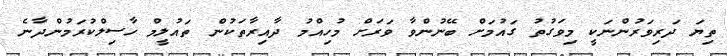
ތިޔަ ދަރިވަރުންނަކީ މިވަގުތު ގައުމަށް ބޭނުންވާ ވަރަށް މުހިއްމު ދާއިރާތަކުން ތައުލީމް ހާސިލްކުރަމުންދާނެ